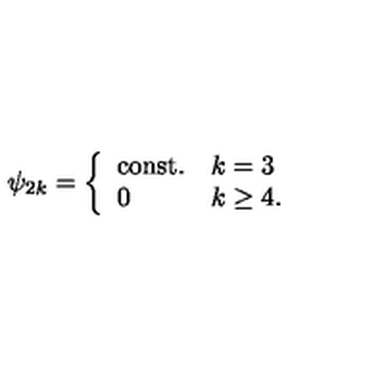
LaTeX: \psi _ { 2 k } = \left\{ \begin{array} { l l } { \mathrm { c o n s t . } } & { k = 3 } \\ { 0 } & { k \geq 4 . } \\ \end{array} \right.